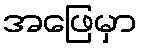
အဖြေမှာ